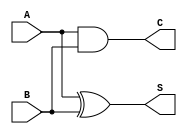
//Alan Achtenberg
//Lab 6 part 2
//half adder

module half_adder(S, C, A, B);
	
	input A, B;
	output S, C;
	
	xor (S, A, B);
	and (C, A, B);
	
endmodule